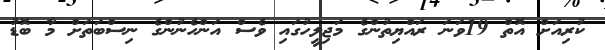
ކުރިއަށް އޮތް 19ވަނަ ރައްޔިތުންގެ މަޖިލީހުގައި ވެސް އަންހެނުންގެ ނިސްބަތަށް މާ ބޮޑު